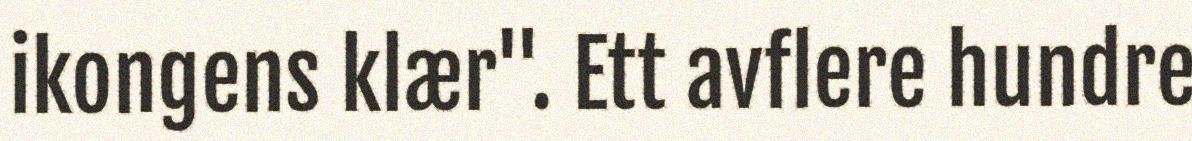
ikongens klær". Ett avflere hundre